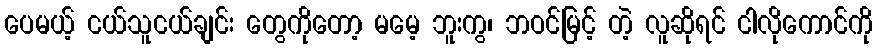
ပေမယ့် ငယ်သူငယ်ချင်း တွေကိုတော့ မမေ့ ဘူးကွ၊ ဘဝင်မြင့် တဲ့ လူဆိုရင် ငါလိုကောင်ကို